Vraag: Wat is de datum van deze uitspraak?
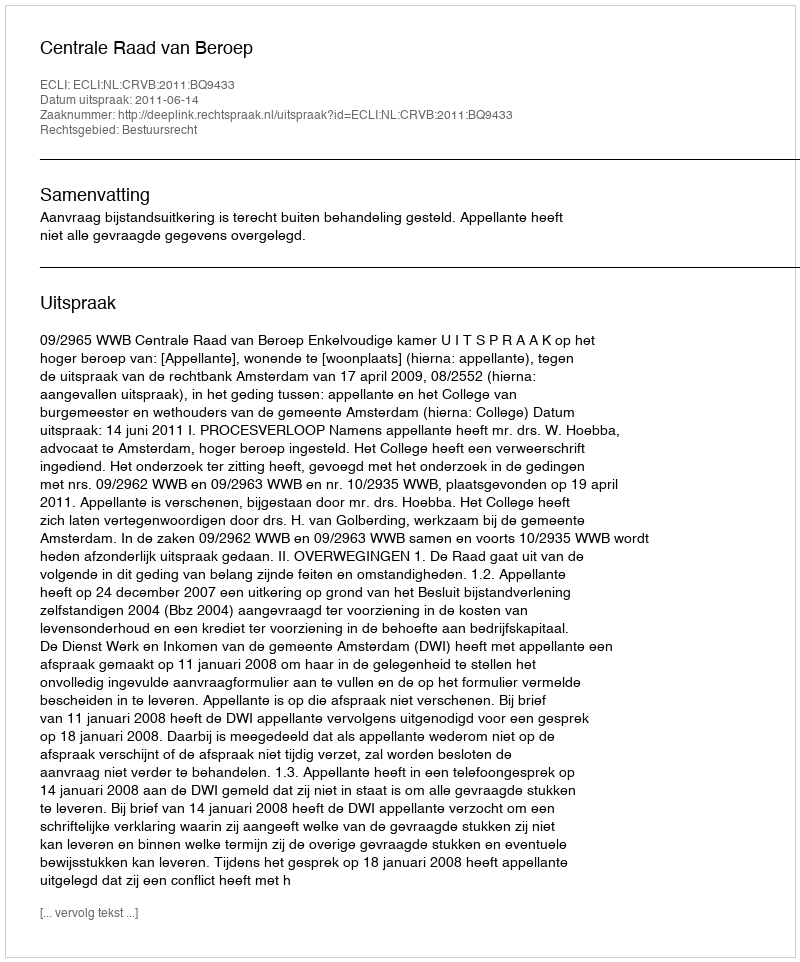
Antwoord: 2011-06-14